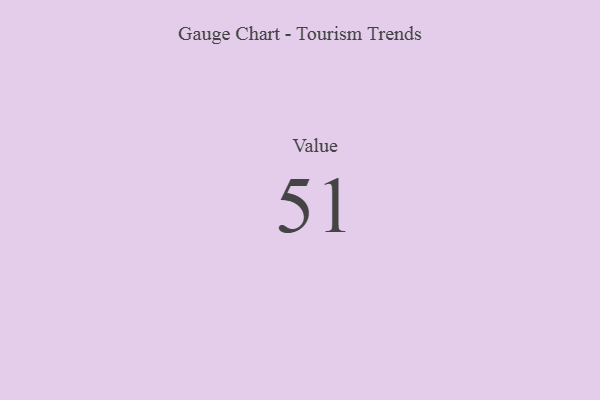
{"axis": {"x": "Metric", "y": "Value"}, "legend": [""], "data": [{"x": "Value", "y": 51, "type": ""}]}